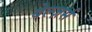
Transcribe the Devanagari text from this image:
बेल्ज़र्स